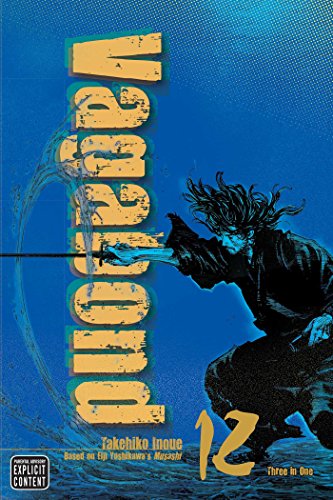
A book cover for Vagabond, Vol. 12 (VIZBIG Edition); Takehiko Inoue; Comics & Graphic Novels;